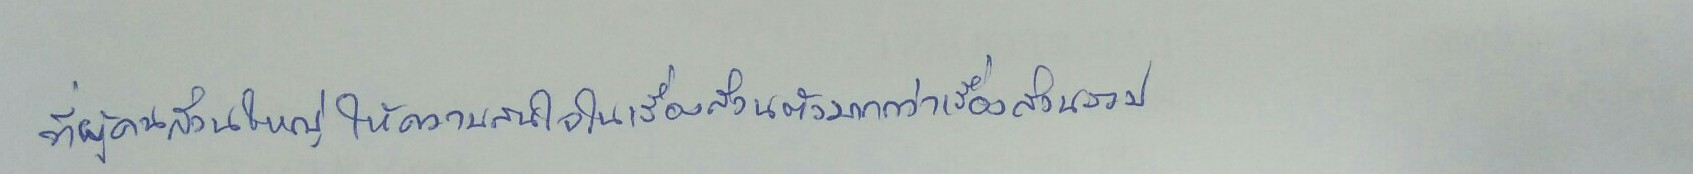
ที่ผู้คนส่วนใหญ่ให้ความสนใจในเรื่องส่วนตัวมากกว่าเรื่องส่วนรวม